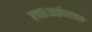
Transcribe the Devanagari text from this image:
एच०आई०एल०